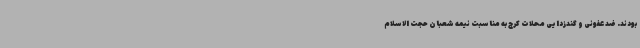
بودند. ضد عفونی و گندزدایی محلات کرج به مناسبت نیمه شعبان حجت الاسلام